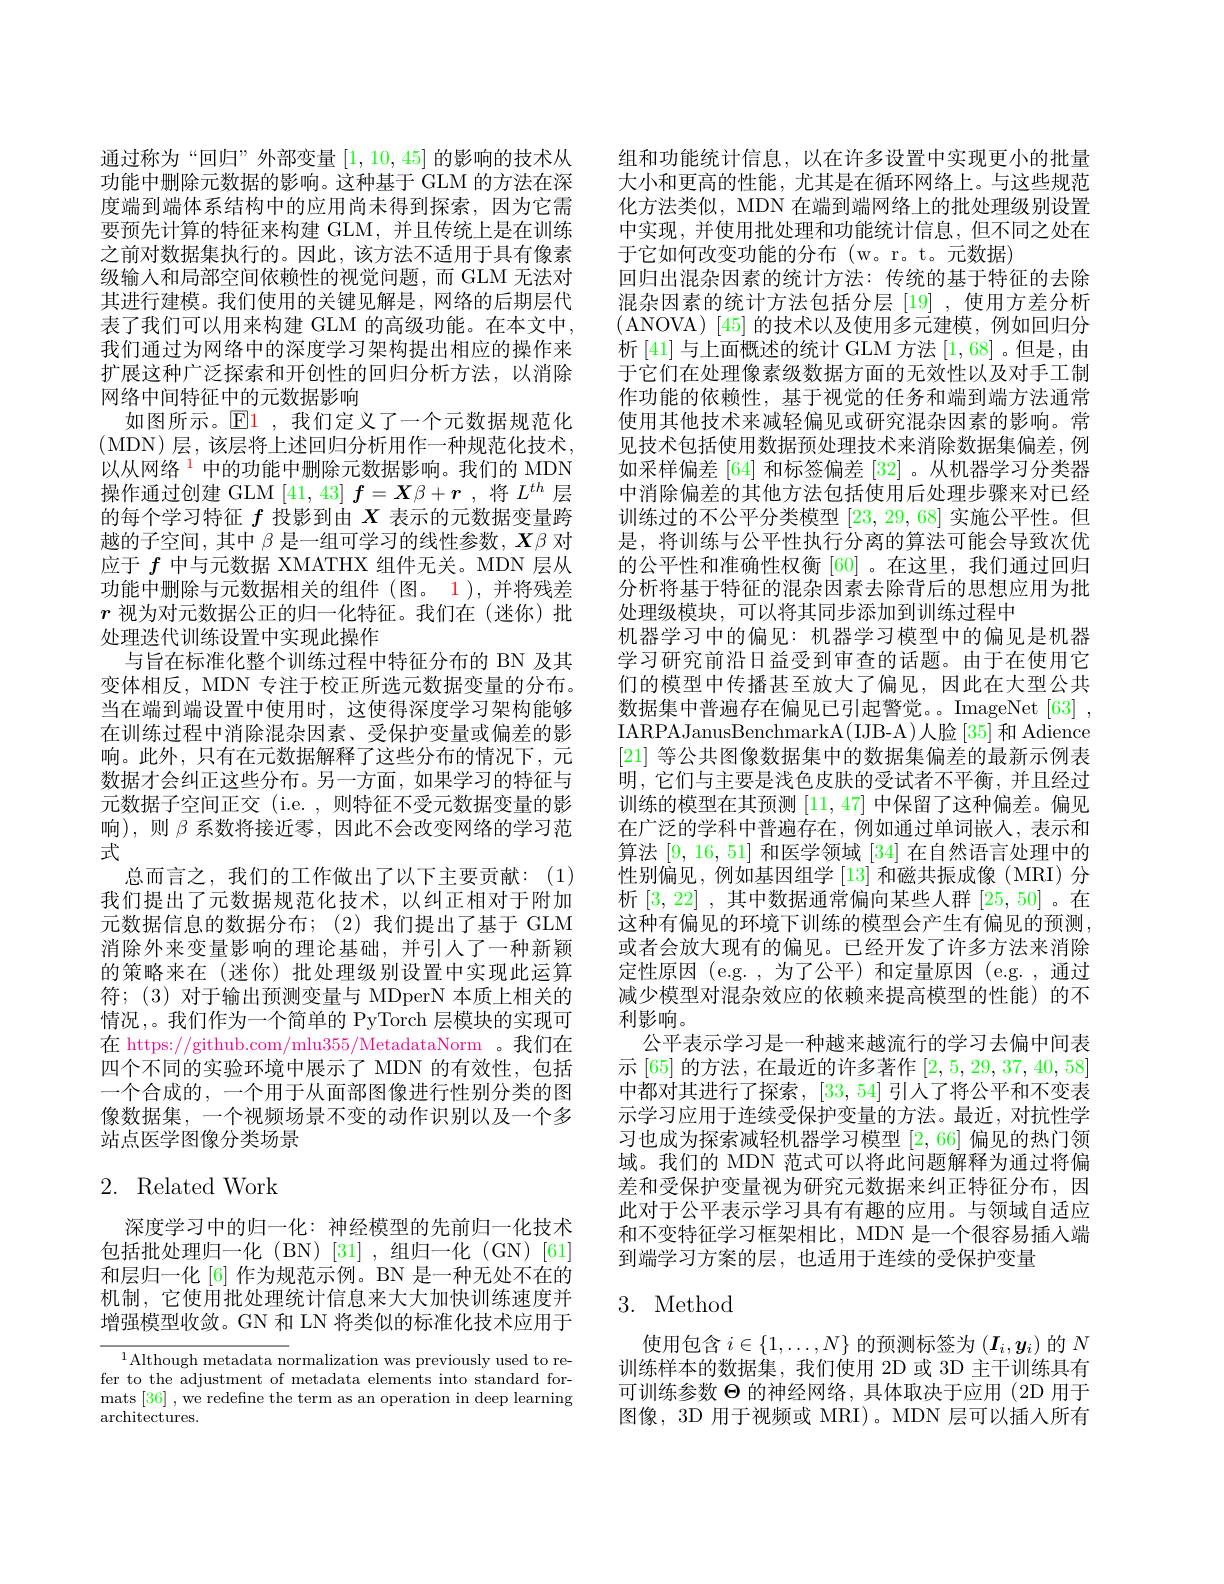
通过称为“回归”外部变量[1,10,45]的影响的技术从功能中删除元数据的影响。这种基于 GLM 的方法在深度端到端体系结构中的应用尚未得到探索，因为它需要预先计算的特征来构建 GLM,并且传统上是在训练之前对数据集执行的。因此，该方法不适用于具有像素级输人和局部空间依赖性的视觉问题，而 GLM 无法对其进行建模。我们使用的关键见解是，网络的后期层代表了我们可以用来构建 GLM 的高级功能。在本文中， 我们通过为网络中的深度学习架构提出相应的操作来扩展这种广泛探索和开创性的回归分析方法，以消除网络中间特征中的元数据影响
如图所示。$\operatorname{El}$1,我们定义了一个元数据规范化(MDN)层，该层将上述回归分析用作一种规范化技术， 以从网络$^{\color{red}{1}}$中的功能中删除元数据影响。我们的 MDN 操作通过创建 GLM [41,43] $f=X\beta+r$ ,将$L^{th}$层的每个学习特征$f$投影到由$X$表示的元数据变量跨越的子空间，其中$\beta$是一组可学习的线性参数，$\boldsymbol X\beta$对应于$f$中与元数据 XMATHX 组件无关。MDN 层从功能中删除与元数据相关的组件(图。1),并将残差$r$视为对元数据公正的归一化特征。我们在(迷你)批处理迭代训练设置中实现此操作
与旨在标准化整个训练过程中特征分布的 BN 及其变体相反，MDN 专注于校正所选元数据变量的分布。当在端到端设置中使用时，这使得深度学习架构能够在训练过程中消除混杂因素、受保护变量或偏差的影响。此外，只有在元数据解释了这些分布的情况下，元数据才会纠正这些分布。另一方面，如果学习的特征与元数据子空间正交(i.e.,则特征不受元数据变量的影响),则$\beta$系数将接近零，因此不会改变网络的学习范式
总而言之，我们的工作做出了以下主要贡献：(1) 我们提出了元数据规范化技术，以纠正相对于附加元数据信息的数据分布；(2)我们提出了基于 GLM 消除外来变量影响的理论基础，并引人了一种新颖的策略来在(迷你)批处理级别设置中实现此运算符；(3) 对于输出预测变量与 MDperN 本质上相关的情况，。我们作为一个简单的 PyTorch 层模块的实现可在 https://github.com/mlu355/MetadataNorm 。我们在四个不同的实验环境中展示了 MDN 的有效性，包括一个合成的，一个用于从面部图像进行性别分类的图像数据集，一个视频场景不变的动作识别以及一个多站点医学图像分类场景

# 2. Related Work

深度学习中的归一化：神经模型的先前归一化技术包括批处理归一化(BN)[31],组归一化(GN)[61] 和层归一化 [6] 作为规范示例。BN 是一种无处不在的机制，它使用批处理统计信息来大大加快训练速度并增强模型收敛。GN 和 LN 将类似的标准化技术应用于

$^{1}$Although metadata normalization was previously used to refer to the adjustment of metadata elements into standard formats [36] , we redefine the term as an operation in deep learning $\operatorname{architectures}.$

组和功能统计信息，以在许多设置中实现更小的批量大小和更高的性能，尤其是在循环网络上。与这些规范化方法类似，MDN 在端到端网络上的批处理级别设置中实现，并使用批处理和功能统计信息，但不同之处在于它如何改变功能的分布(w。r。t。元数据)
回归出混杂因素的统计方法：传统的基于特征的去除混杂因素的统计方法包括分层[19],使用方差分析(ANOVA)[45]的技术以及使用多元建模，例如回归分析[41]与上面概述的统计 GLM 方法[1,68] 。但是，由于它们在处理像素级数据方面的无效性以及对手工制作功能的依赖性，基于视觉的任务和端到端方法通常使用其他技术来减轻偏见或研究混杂因素的影响。常见技术包括使用数据预处理技术来消除数据集偏差，例如采样偏差 [64] 和标签偏差 [32] 。从机器学习分类器中消除偏差的其他方法包括使用后处理步骤来对已经训练过的不公平分类模型[23,29,68]实施公平性。但是，将训练与公平性执行分离的算法可能会导致次优的公平性和准确性权衡 [60] 。在这里，我们通过回归分析将基于特征的混杂因素去除背后的思想应用为批处理级模块，可以将其同步添加到训练过程中
机器学习中的偏见：机器学习模型中的偏见是机器学习研究前沿日益受到审查的话题。由于在使用它们的模型中传播甚至放大了偏见，因此在大型公共数据集中普遍存在偏见已引起警觉。。ImageNet[63] , IARPAJanusBenchmarkA( IJB- A) 人脸[35] 和 Adience [21]等公共图像数据集中的数据集偏差的最新示例表明，它们与主要是浅色皮肤的受试者不平衡，并且经过训练的模型在其预测[11,47]中保留了这种偏差。偏见在广泛的学科中普遍存在，例如通过单词嵌入，表示和算法[9,16,51]和医学领域[34]在自然语言处理中的性别偏见，例如基因组学[13]和磁共振成像(MRI)分析[3,22] , 其中数据通常偏向某些人群 [25,50] 。在这种有偏见的环境下训练的模型会产生有偏见的预测， 或者会放大现有的偏见。已经开发了许多方法来消除定性原因 (e.g. , 为了公平) 和定量原因 (e.g. , 通过减少模型对混杂效应的依赖来提高模型的性能)的不利影响。
公平表示学习是一种越来越流行的学习去偏中间表示 [65] 的方法，在最近的许多著作[2,5,29,37,40,58] 中都对其进行了探索，[33,54]引人了将公平和不变表示学习应用于连续受保护变量的方法。最近，对抗性学习也成为探索减轻机器学习模型[2,66]偏见的热门领域。我们的 MDN 范式可以将此问题解释为通过将偏差和受保护变量视为研究元数据来纠正特征分布，因此对于公平表示学习具有有趣的应用。与领域自适应和不变特征学习框架相比，MDN 是一个很容易插人端到端学习方案的层，也适用于连续的受保护变量

## 3. Method

使用包含$i\in\{1,\ldots,N\}$的预测标签为$(\boldsymbol I_i,\boldsymbol y_i)$的$N$ 训练样本的数据集，我们使用 2D 或 3D 主干训练具有可训练参数$\Theta$的神经网络，具体取决于应用 (2D 用于图像，3D 用于视频或 MRI)。MDN 层可以插人所有